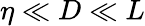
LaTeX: \eta\ll D\ll L